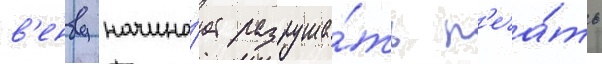
в'енву начина́ет разруша́ть п'еча́ть